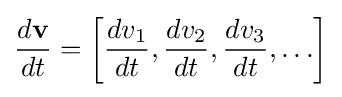
{\frac {d\mathbf {v} }{dt}}=\left[{\frac {dv_{1}}{dt}},{\frac {dv_{2}}{dt}},{\frac {dv_{3}}{dt}},\ldots \right]